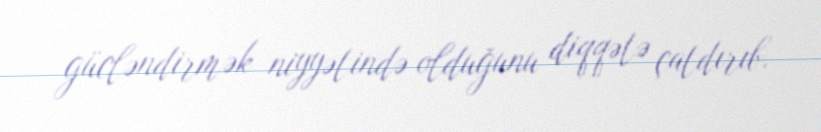
gücləndirmək niyyətində olduğunu diqqətə çatdırıb.